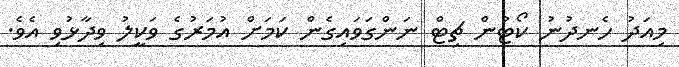
މިއަދު ހެނދުނު ކޯޓުން ޗިޓް ނަންގަވައިގެން ކަމަށް އުމަރުގެ ވަކީލު ވިދާޅުވި އެވެ.